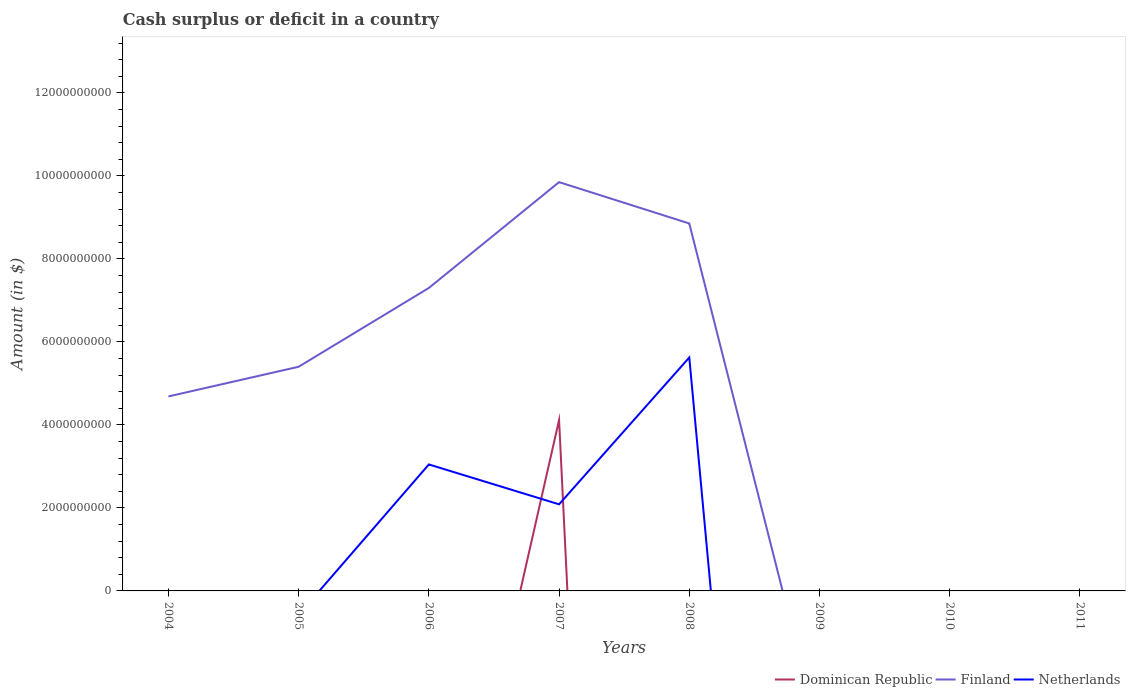
| Years | Dominican Republic | Finland | Netherlands |
 | --- | --- | --- | --- |
 | 2004 | -1.26e+10 | 4.69e+09 | -7.71e+09 |
 | 2005 | -5.09e+09 | 5.4e+09 | -5.75e+08 |
 | 2006 | -9.7e+09 | 7.3e+09 | 3.05e+09 |
 | 2007 | 4.12e+09 | 9.85e+09 | 2.09e+09 |
 | 2008 | -6.03e+10 | 8.86e+09 | 5.62e+09 |
 | 2009 | -6.02e+10 | -3.5e+09 | -2.83e+10 |
 | 2010 | -5.53e+10 | -4.66e+09 | -2.47e+10 |
 | 2011 | -5.58e+10 | -9e+08 | -2.27e+10 |